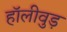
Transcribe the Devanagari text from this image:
हॉलीवुड़